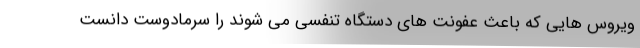
ویروس هایی که باعث عفونت های دستگاه تنفسی می شوند را سرمادوست دانست